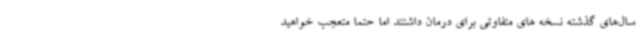
سال‌های گذشته نسخه های متفاوتی برای درمان داشتند اما حتما متعجب خواهید